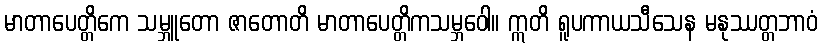
မာတာပေတ္တိကေ သမ္ဘူတော ဇာတောတိ မာတာပေတ္တိကသမ္ဘဝေါ။ ဣတိ ရူပကာယသီသေန မနုဿတ္တဘာဝံ